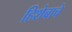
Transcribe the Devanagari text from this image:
हिशेबाचे